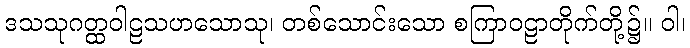
ဒသသုဂတ္ထဝါဠသဟသောသု၊ တစ်သောင်းသော စကြာဝဠာတိုက်တို့၌။ ဝါ၊